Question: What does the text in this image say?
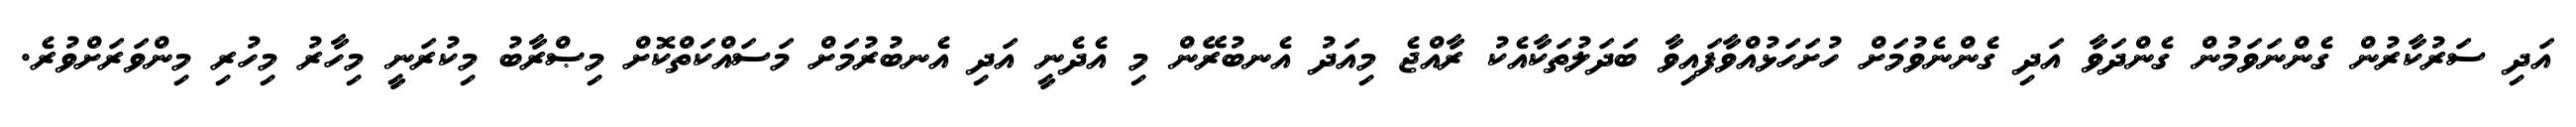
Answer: އަދި ސަރުކާރުން ގެންނަވަމުން ގެންދަވާ އަދި ގެންނެވުމަށް ހުށަހަޅުއްވާފައިވާ ބަދަލުތަކާއެކު ރާއްޖެ މިއަދު އެނބުރޭން މި އެދެނީ އަދި އެނބުރުމަށް މަސައްކަތްކޮށް މިޞްރާބު މިކުރަނީ މިހާރު މިހުރި މިންވަރަށްވުރެ.